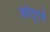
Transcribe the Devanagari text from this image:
कोठूनसे